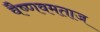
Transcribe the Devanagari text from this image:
वैष्णवमताज